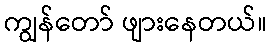
ကျွန်တော် ဖျားနေတယ်။